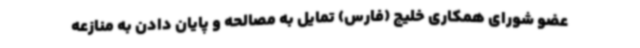
عضو شورای همکاری خلیج (فارس) تمایل به مصالحه و پایان دادن به منازعه